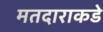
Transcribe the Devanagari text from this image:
मतदाराकडे